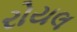
રોયલ